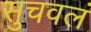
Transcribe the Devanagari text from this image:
सुचवलं